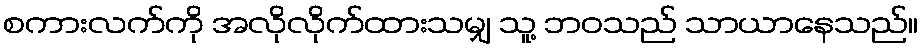
စကားလက်ကို အလိုလိုက်ထားသမျှ သူ့ ဘဝသည် သာယာနေသည်။